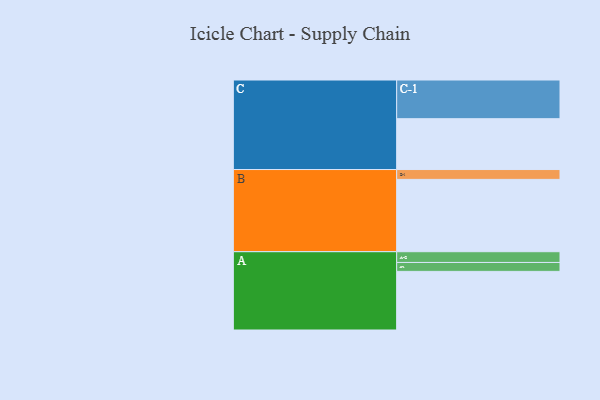
{"axis": {"x": "Segment", "y": "Value"}, "legend": ["", "A", "B", "C"], "data": [{"x": "A", "y": 453, "type": ""}, {"x": "B", "y": 559, "type": ""}, {"x": "C", "y": 393, "type": ""}, {"x": "A-1", "y": 69, "type": "A"}, {"x": "A-2", "y": 83, "type": "A"}, {"x": "B-1", "y": 76, "type": "B"}, {"x": "C-1", "y": 299, "type": "C"}]}